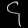
Digit: ၄